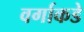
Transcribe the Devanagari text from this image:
वर्गाकडे